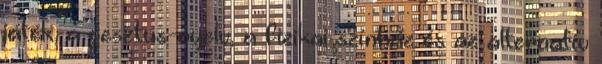
játék, a gesztus-nyelv, a fizikai színház és az alternatív